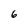
Character: 6